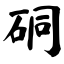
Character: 硐